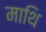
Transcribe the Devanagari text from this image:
माथि